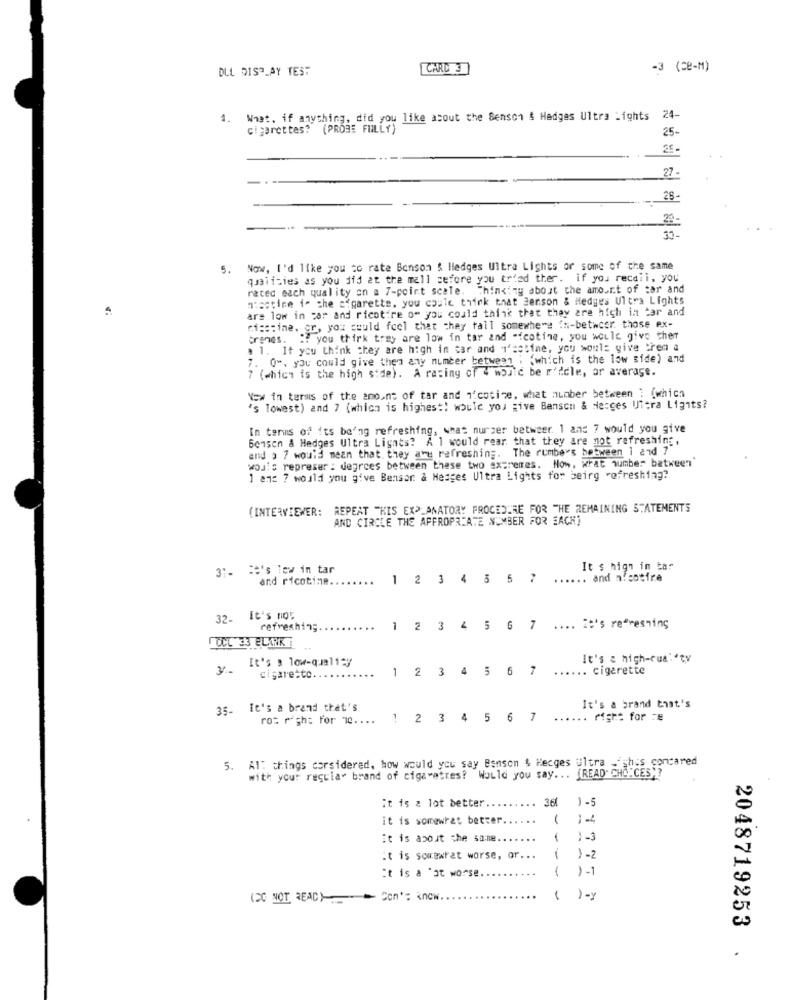
DLL DISPLAY TEST
CARD 3
-3 (Ce-M)
4. What. if anything, did you like about the Senson & Hedges Ultra Lights 24-
cigarettes? (PROBE FULLY)
25-
25-
27-
28-
33-
5.
Now, I'd like you to rate Bonson $ Hedges Ultra Lights or some of the same
qualities as you did at the mall before you tried ther. if you recall. you
rated each quality on a 7-point scale. Thinking about the amount of tar and
nicotine is the cigarette, you could think that Benson & Hedges Ultra Lights
ars low in cor and ricotire om you could think that they are high in tar and
nicotine. cr, you could feel that they tall somewhere in-betwcer. those ex-
trenes. :? you think tray are low in tar and -icotine, you would give ther
. 1. It you think they are high in car and i'cetime, you would give tren a
7. 0", you could give then any number between ; (which is the low side) and
7 (which is the high side). A rating of 4 world be m'ddle, ar average.
Now in terms of the amount of tar and i'cotime, what number between : (which
's lowest) and 7 (which is highest! would you give Benson & Necces Ultra Lights?
In terms of its be'ng refreshing, what nurser betweer. 1 and 7 would you give
Bensen & Hedges Ultra Lights? A 1 would rear that they are not refreshing
and 3 7 would mean that they are refreshing. The rumbers between 1 and 7
wouls represer : degrees between these two extremes. Now, what number between'
1 ans 7 would you give Bensar & Hedges Ultra Lights for beirg refreshing?
(INTERVIEWER: REPEAT "KIS EXPLANATORY PROCEDURE FOR THE REMAINING STATEMENTS
AND CIRCLE THE APPROPRIATE NUMBER FOR EACH)
37. He's low in tar
It s high in tar
and ricotine.
...
1 2 3 4 5 5 7
...... and nicotire
32-
It's no5
refreshing.
...
1 2 3 4 5 6 7
.... it's refreshing
CCL 33 CLARK
It's a low-que11-y
It's a high-cua .* ty
2
3 4 3
56
...... cigarette
cigaretto. ..
It's a brand that's
35- It's a brand that's
rot right for 70 ....
1
2 3 4 5 6 7
...
right for 78
5. Al: things corsidered, how would you say Bsnson & Hecges Ultra -"shis concared
with your regular brand of cigaratres? Would you say ...
(READ" CHOICES ;?
...
361
1-5
it is z lot better.
it is somewhat better.
..
1
14
it is about the samme ..
...
1-3
It is somewhat worse, or ...
--
1
1.1
Et is a 'at worse
(CC NOT REAC)-
Con': know
...
( ) -y
2048719253